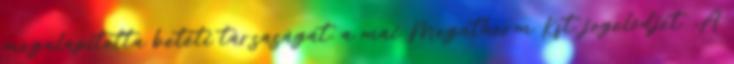
megalapította betéti társaságát, a mai Megatherm Kft. jogelődjét. „A